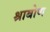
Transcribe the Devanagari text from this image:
श्राबोण